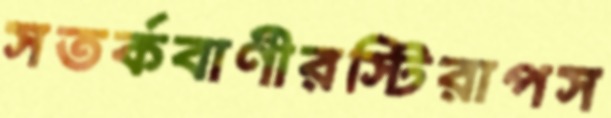
সতর্কবাণীরস্টিরাপস